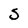
Character: 5